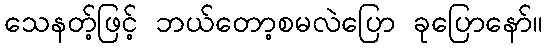
သေနတ့်ဖြင့် ဘယ်တော့စမလဲပြော ခုပြောနော်။